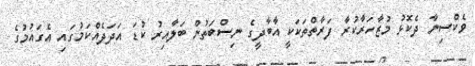
ވެކްސިނާ ދެކޮޅު މުޒާހަރާކުރާ ފަރާތްތަކަކީ އާބާދީގެ ނިސްބަތުން ބަލާއިރު ކުޑަ އަދަދެއްކަމުގައި އެގައުމުގެ